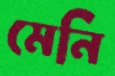
মেনি